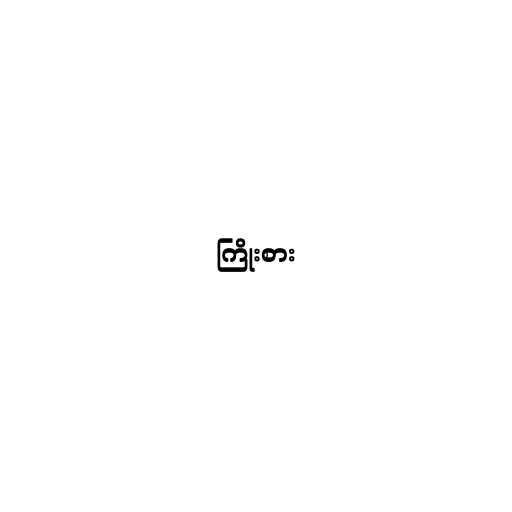
ကြိုးစား